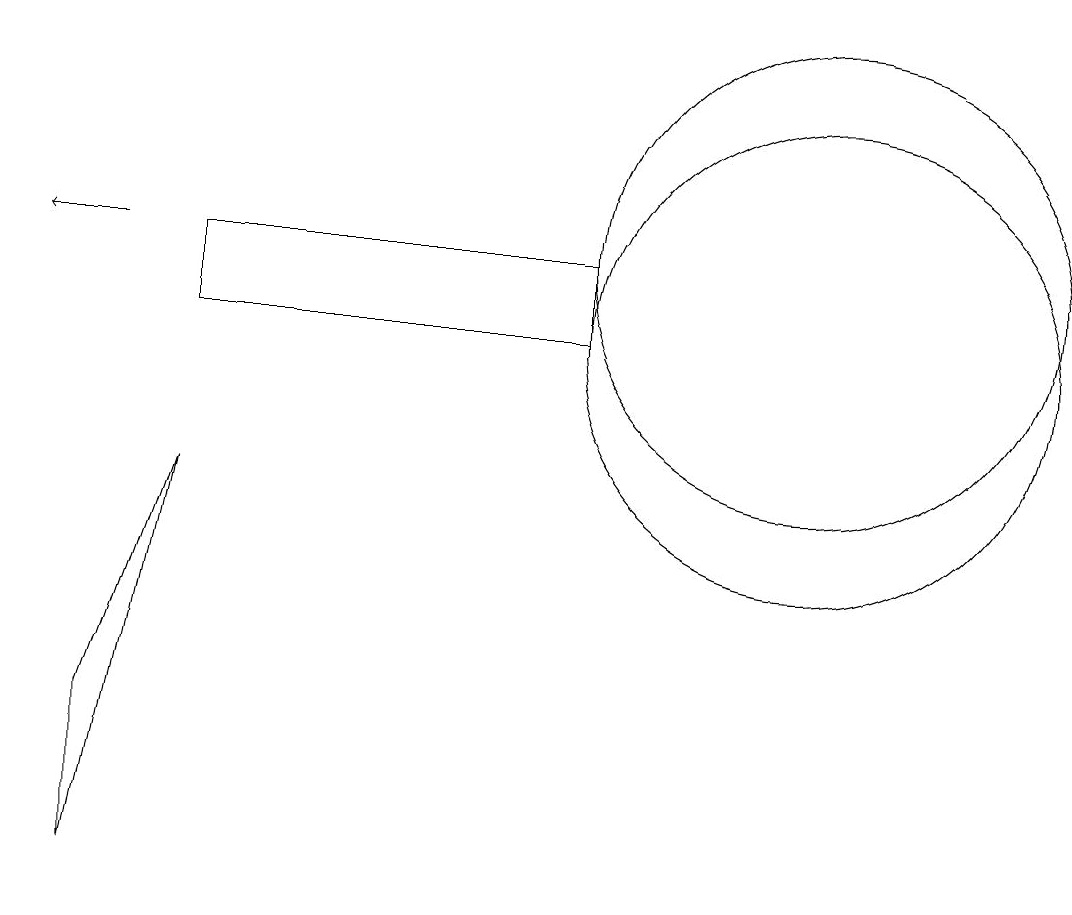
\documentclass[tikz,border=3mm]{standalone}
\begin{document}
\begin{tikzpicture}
\draw (10,10) circle (0);
\draw (2,11) rectangle (7,10);
\draw (10,10) circle (3);
\draw (10,11) circle (3);
\draw (1,5) -- (1,3) -- (2,8) -- cycle;
\draw[->] (1,11) -- (0,11);
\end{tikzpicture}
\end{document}